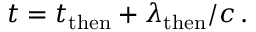
t = t _ { \mathrm { t h e n } } + \lambda _ { \mathrm { t h e n } } / c \, .